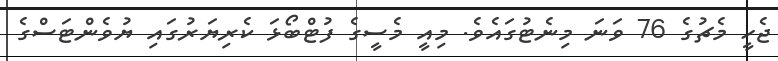
ޖެހީ މެޗުގެ 76 ވަނަ މިނެޓުގައެވެ. މިއީ މެސީގެ ފުޓްބޯޅަ ކެރިޔަރުގައި ޔުވެންޓަސްގެ